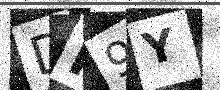
Text: DH9Y